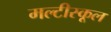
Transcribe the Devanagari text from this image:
मल्टीस्कूल